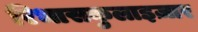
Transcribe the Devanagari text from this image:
रिभासकुलाइज़ार